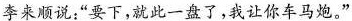
李来顺说:“要下，就此一盘了,我让你车马炮。“